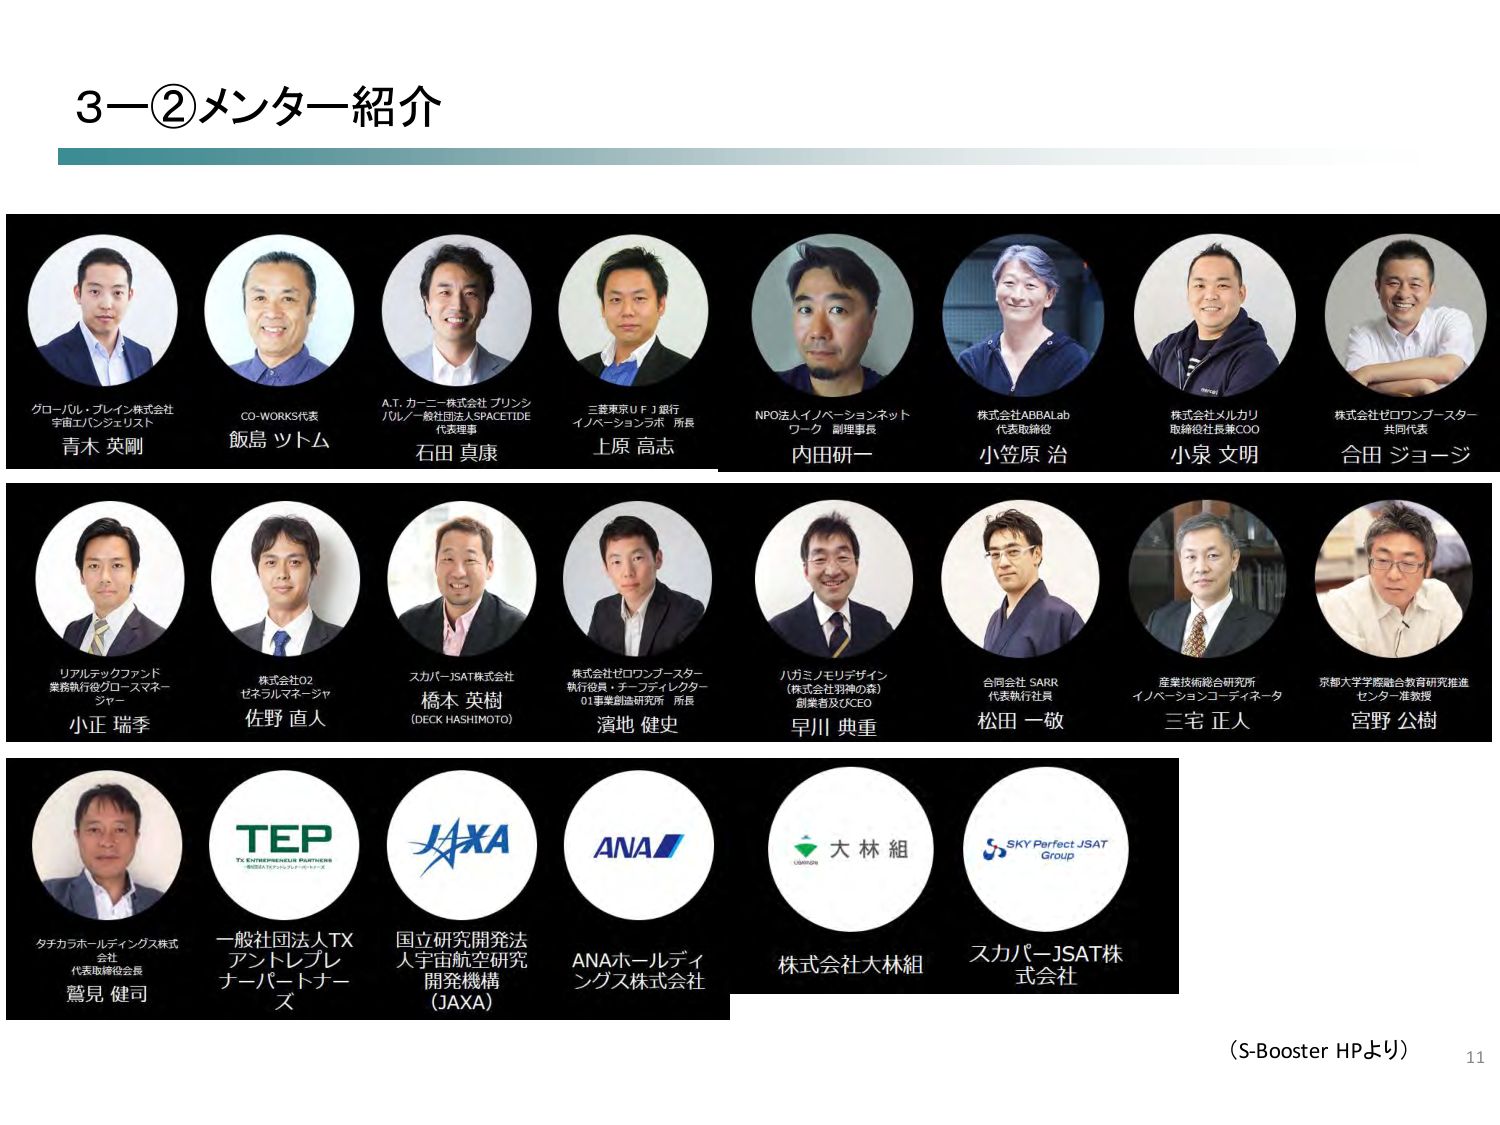
3－②メンター紹介

グローバル・ブレイン株式会社
宇宙エンジニアリスト
青木 英剛

CO-WORKS代表
飯島 ツトム

A.T. カーニー株式会社 プリンシパル／一般社団法人SPACETIDE 代表理事
石田 真康

三菱東京ＵＦＪ銀行
イノベーションラボ 所長
上原 高志

NPO法人イノベーションネットワーク 副理事長
内田研一

株式会社ARRALab
代表取締役
小笠原 治

株式会社メルカリ
取締役社長兼COO
小泉 文明

株式会社ゼロワンブースター
共同代表
合田 ジョージ

リアルテックファンド
業務執行役グロースマネージャー
小正 瑞季

株式会社02
ゼネラルマネージャー
佐野 直人

スカパーJSAT株式会社
橋本 英樹
(DECK HASHIMOTO)

株式会社ゼロワンブースター
執行役員・チーフディレクター
01事業創造研究所 所長
濱地 健史

八方ミノエリデザイン
(株式会社羽神の森)
創業者及びCEO
早川 典重

合同会社 SARR
代表執行社員
松田 一敬

産業技術総合研究所
イノベーションコーディネータ
三宅 正人

京都大学学際融合教育研究推進センター 准教授
宮野 公樹

タチカラホールディングス株式会社
代表取締役会長
鷲見 健司

一般社団法人TX
アントレプレナーパートナーズ

国立研究開発法人宇宙航空研究開発機構 (JAXA)

ANAホールディングス株式会社

株式会社大林組

スカパーJSAT株式会社

（S-Booster HPより）
11